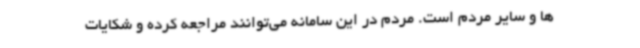
ها و سایر مردم است. مردم در این سامانه می‌توانند مراجعه کرده و شکایات